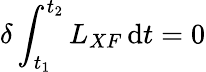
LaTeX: \delta\int_{t_{1}}^{t_{2}}L_{XF}\, \mathrm{d}t=0